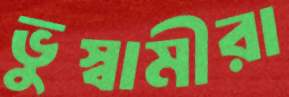
ভুস্বামীরা